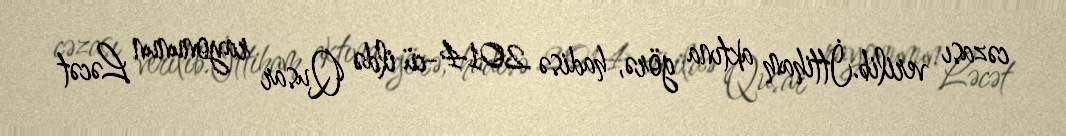
cəzası verilib.İttiham aktına görə, hadisə 2014-cü ildə Qusar rayonunun Ləcət